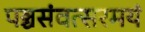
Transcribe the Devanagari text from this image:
पञ्चसंवत्सरमयं